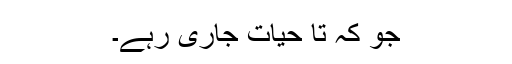
جو کہ تا حیات جاری رہے۔